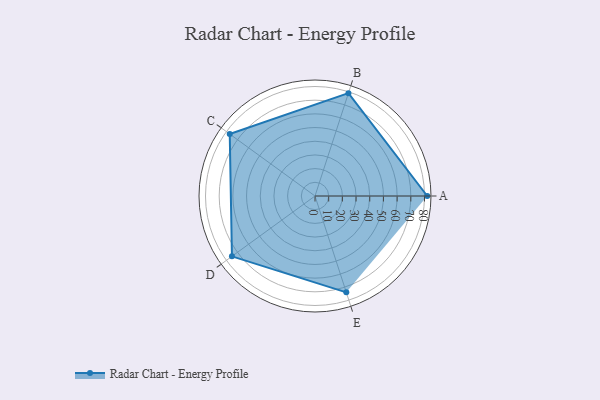
{"axis": {"x": "Skill", "y": "Score"}, "legend": ["Profile"], "data": [{"x": "A", "y": 82.0, "type": "Profile"}, {"x": "B", "y": 79.0, "type": "Profile"}, {"x": "C", "y": 77.0, "type": "Profile"}, {"x": "D", "y": 75.0, "type": "Profile"}, {"x": "E", "y": 74.0, "type": "Profile"}]}